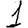
Digit: 1